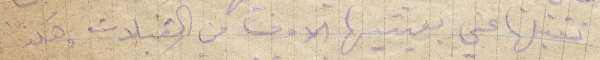
تقبلها عني بعينيها الوف من القبلات وهكذا